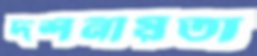
দর্শনীয়তা